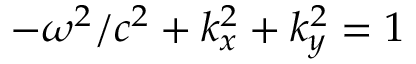
- \omega ^ { 2 } / c ^ { 2 } + k _ { x } ^ { 2 } + k _ { y } ^ { 2 } = 1